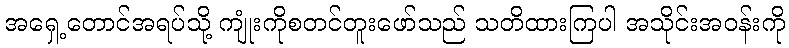
အရှေ့တောင်အရပ်သို့ ကျုံးကိုစတင်တူးဖော်သည် သတိထားကြပါ အသိုင်းအဝန်းကို